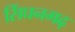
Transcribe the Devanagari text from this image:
सिंघनगढ़